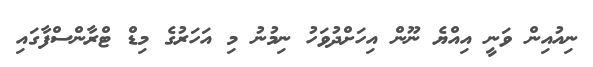
ނިއުއިން ވަނީ އިއްޔެ ނޫން އިހަށްދުވަހު ނިމުނު މި އަހަރުގެ މިޑް ޓްރާންސްފާގައި